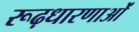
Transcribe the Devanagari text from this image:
रूढ़धारणाओं